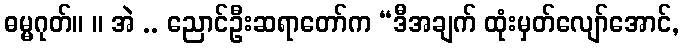
ဓမ္မဂုတ်။ ။ အဲ .. ညောင်ဦးဆရာတော်က “ဒီအချက် ထုံးမှတ်လျော်အောင်,